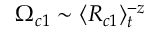
\Omega _ { c 1 } \sim \langle R _ { c 1 } \rangle _ { t } ^ { - z }